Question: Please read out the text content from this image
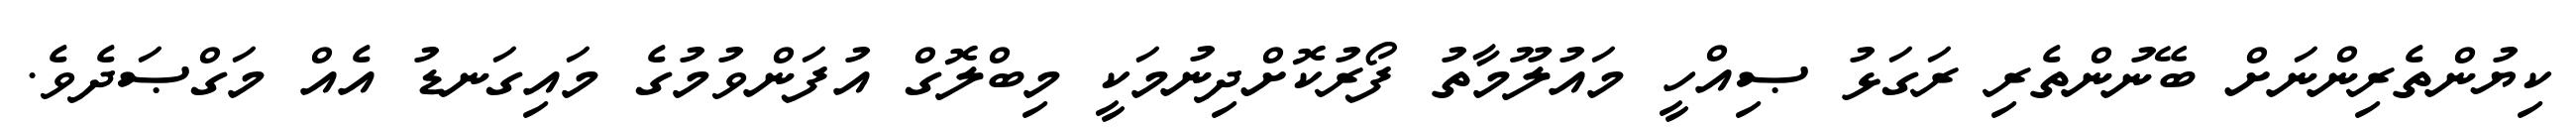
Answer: ކިޔުންތެރިންނަށް ބޭނުންތެރި ރަގަޅު ޞިއްހީ މައުލޫމާތު ފޯރުކޮށްދިނުމަކީ މިބްލޮގް އުފަންވުމުގެ މައިގަނޑު އެއް މަގްޞަދެވެ.